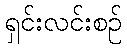
ရှင်းလင်းစဉ်